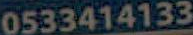
0533414133